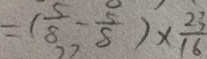
= ( \frac { 5 } { 8 } - \frac { 5 } { 8 } ) \times \frac { 2 3 } { 1 6 }